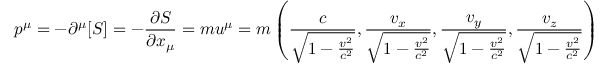
p ^ { \mu } = - \partial ^ { \mu } [ S ] = - { \frac { \partial S } { \partial x _ { \mu } } } = m u ^ { \mu } = m \left( { \frac { c } { \sqrt { 1 - { \frac { v ^ { 2 } } { c ^ { 2 } } } } } } , { \frac { v _ { x } } { \sqrt { 1 - { \frac { v ^ { 2 } } { c ^ { 2 } } } } } } , { \frac { v _ { y } } { \sqrt { 1 - { \frac { v ^ { 2 } } { c ^ { 2 } } } } } } , { \frac { v _ { z } } { \sqrt { 1 - { \frac { v ^ { 2 } } { c ^ { 2 } } } } } } \right) ,